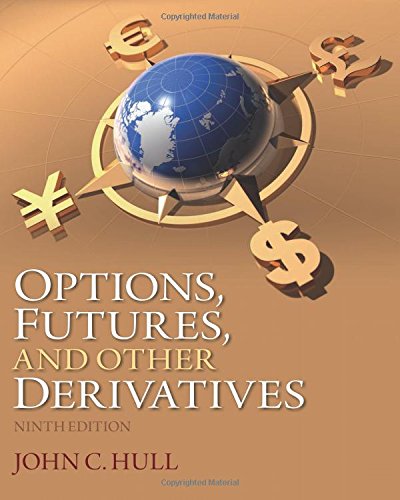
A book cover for Options, Futures, and Other Derivatives (9th Edition); John C Hull; Business & Money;